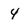
Character: 4